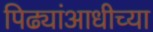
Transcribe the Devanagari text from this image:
पिढ्यांआधीच्या